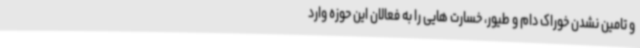
و تامین نشدن خوراک دام و طیور، خسارت هایی را به فعالان این حوزه وارد